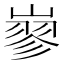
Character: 𡻪